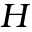
H